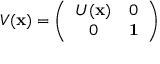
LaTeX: V ( { \bf x } ) = \left( \begin{array} { c c } { { U ( { \bf x } ) } } & { { 0 } } \\ { { 0 } } & { { { \bf 1 } } } \end{array} \right)